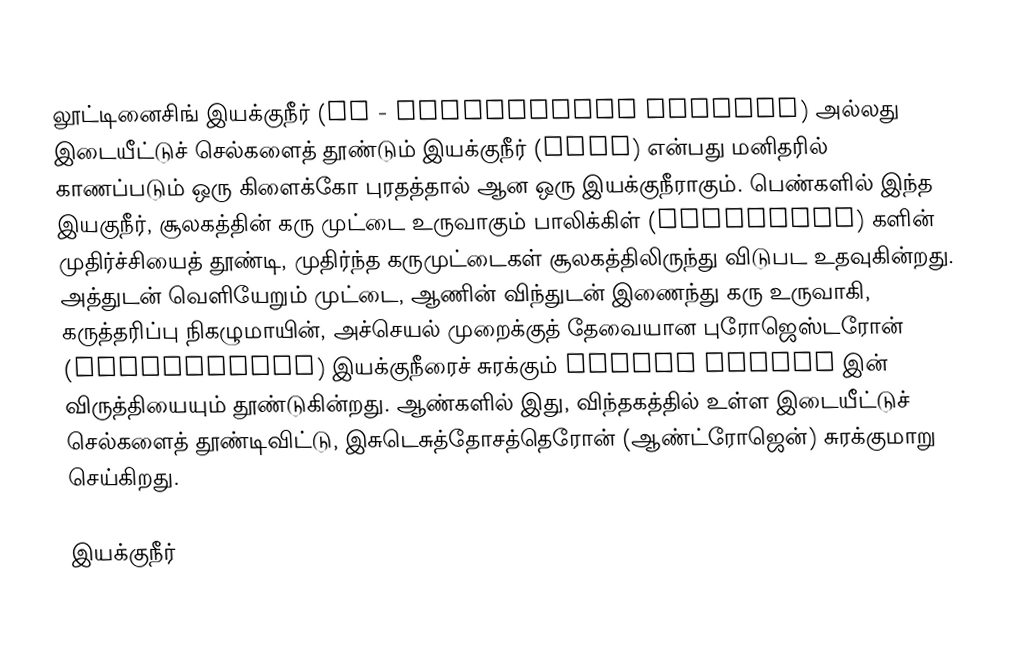
லூட்டினைசிங் இயக்குநீர் (LH - Luteinizing hormone) அல்லது இடையீட்டுச் செல்களைத் தூண்டும் இயக்குநீர் (ICSH) என்பது மனிதரில் காணப்படும் ஒரு கிளைக்கோ புரதத்தால் ஆன ஒரு இயக்குநீராகும். பெண்களில் இந்த இயகுநீர், சூலகத்தின் கரு முட்டை உருவாகும் பாலிக்கிள் (Follicles) களின் முதிர்ச்சியைத் தூண்டி, முதிர்ந்த கருமுட்டைகள் சூலகத்திலிருந்து விடுபட உதவுகின்றது. அத்துடன் வெளியேறும் முட்டை, ஆணின் விந்துடன் இணைந்து கரு உருவாகி, கருத்தரிப்பு நிகழுமாயின், அச்செயல் முறைக்குத் தேவையான புரோஜெஸ்டரோன் (progesteron) இயக்குநீரைச் சுரக்கும் Corpus luteum இன் விருத்தியையும் தூண்டுகின்றது. ஆண்களில் இது, விந்தகத்தில் உள்ள இடையீட்டுச் செல்களைத் தூண்டிவிட்டு, இசுடெசுத்தோசத்தெரோன் (ஆண்ட்ரோஜென்) சுரக்குமாறு செய்கிறது.

இயக்குநீர்